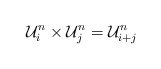
\begin{align*} \mathcal U^n_i \times \mathcal U^n_j = \mathcal U^n_{i+j} \end{align*}